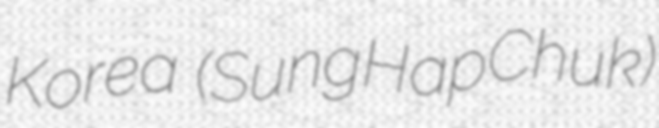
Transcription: Korea (SungHapChuk)